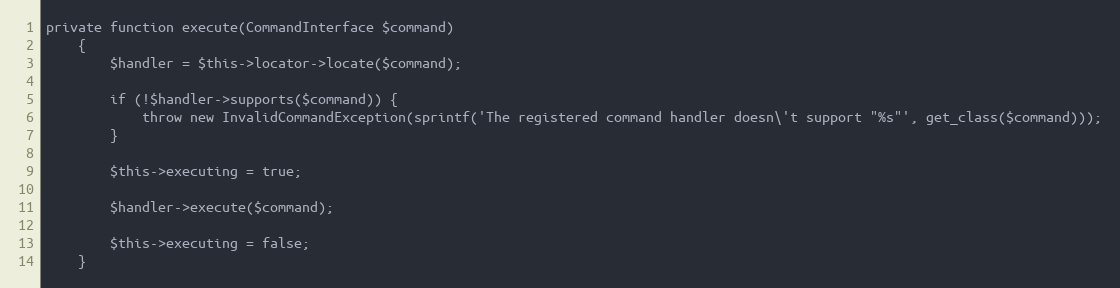
Language: PHP
private function execute(CommandInterface $command)
    {
        $handler = $this->locator->locate($command);

        if (!$handler->supports($command)) {
            throw new InvalidCommandException(sprintf('The registered command handler doesn\'t support "%s"', get_class($command)));
        }

        $this->executing = true;

        $handler->execute($command);

        $this->executing = false;
    }